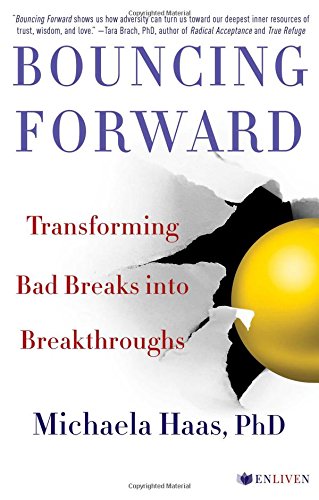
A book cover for Bouncing Forward: Transforming Bad Breaks into Breakthroughs; Michaela Haas PhD; Health, Fitness & Dieting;